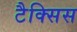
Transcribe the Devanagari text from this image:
टैक्सिस